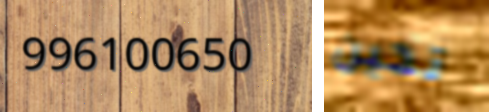
996100650 تحين